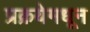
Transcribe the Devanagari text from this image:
प्रक्रयेमधून